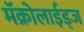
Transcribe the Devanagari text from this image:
मॅक्रोलाईड्ज